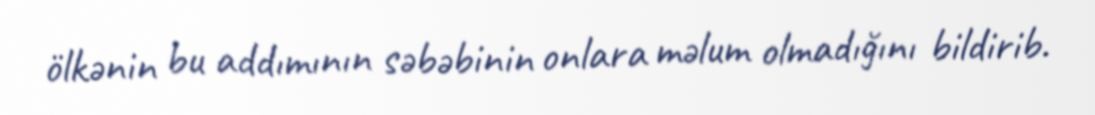
ölkənin bu addımının səbəbinin onlara məlum olmadığını bildirib.